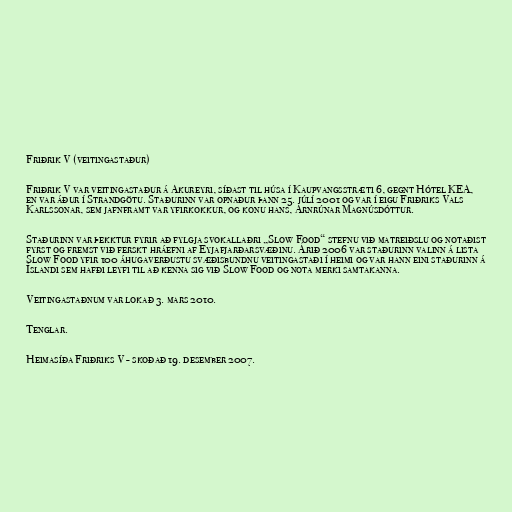
Friðrik V (veitingastaður)

Friðrik V var veitingastaður á Akureyri, síðast til húsa í Kaupvangsstræti 6, gegnt Hótel KEA,
en var áður í Strandgötu. Staðurinn var opnaður þann 25. júlí 2001 og var í eigu Friðriks Vals
Karlssonar, sem jafnframt var yfirkokkur, og konu hans, Arnrúnar Magnúsdóttur.

Staðurinn var þekktur fyrir að fylgja svokallaðri „Slow Food“ stefnu við matreiðslu og notaðist
fyrst og fremst við ferskt hráefni af Eyjafjarðarsvæðinu. Árið 2006 var staðurinn valinn á lista
Slow Food yfir 100 áhugaverðustu svæðisbundnu veitingastaði í heimi og var hann eini staðurinn á
Íslandi sem hafði leyfi til að kenna sig við Slow Food og nota merki samtakanna.

Veitingastaðnum var lokað 3. mars 2010.

Tenglar.

Heimasíða Friðriks V - skoðað 19. desember 2007.